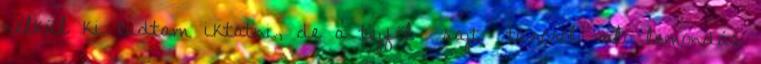
nélkül ki tudtam iktatni, de a tejföl sajt túróról való lemondás